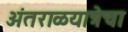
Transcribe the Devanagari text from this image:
अंतराळयात्रेचा